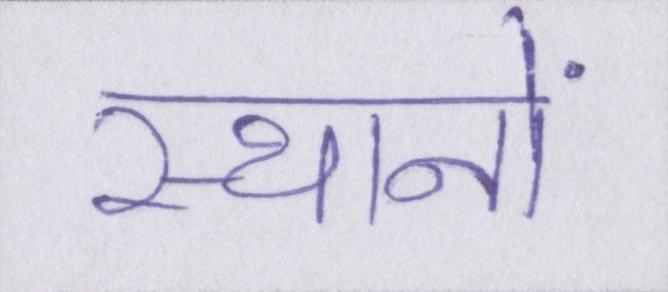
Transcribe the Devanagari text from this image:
स्थानों